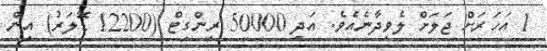
1 އަހަރަށް ޖަލަށް ލެވިދާނެއެވެ. އަދި 50000 ރިންގިޓް (12200 ޑޮލަރު) އިން